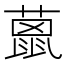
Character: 𦼤